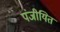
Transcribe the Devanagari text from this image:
पंजीयित